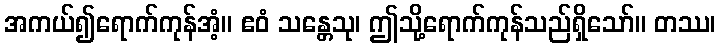
အကယ်၍ရောက်ကုန်အံ့။ ဧဝံ သန္တေသု၊ ဤသို့ရောက်ကုန်သည်ရှိသော်။ တဿ၊